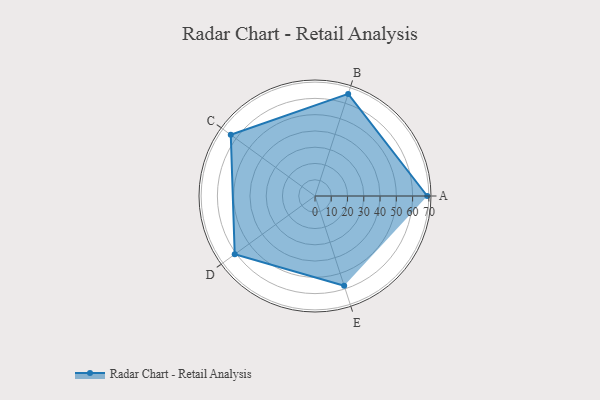
{"axis": {"x": "Skill", "y": "Score"}, "legend": ["Profile"], "data": [{"x": "A", "y": 69.0, "type": "Profile"}, {"x": "B", "y": 66.0, "type": "Profile"}, {"x": "C", "y": 64.0, "type": "Profile"}, {"x": "D", "y": 61.0, "type": "Profile"}, {"x": "E", "y": 58.0, "type": "Profile"}]}